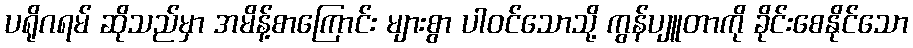
ပရိုဂရမ် ဆိုသည်မှာ အမိန့်စာကြောင်း များစွာ ပါဝင်သောသို့ ကွန်ပျူတာကို ခိုင်းစေနိုင်သော